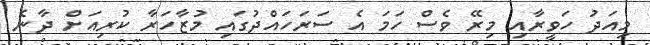
މިއަދު ހަވީރާއި މިރޭ ވެސް ހަމަ އެ ސަރަހައްދުގައި މުޒާހަރާ ކުރިއަށް ދާނެ